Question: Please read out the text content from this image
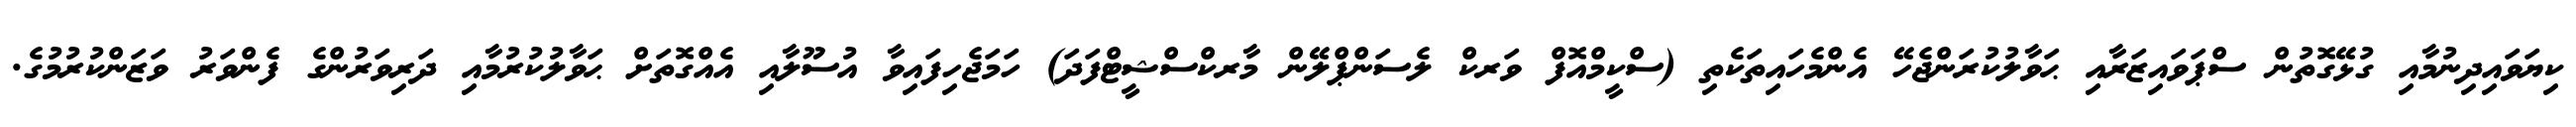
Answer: ކިޔަވައިދިނުމާއި ގުޅޭގޮތުން ސްޕަވައިޒަރާއި ޙަވާލުކުރަންޖެހޭ އެންމެހައިތަކެތި (ސްކީމްއޮފް ވަރކް ލެސަންޕްލޭން މާރކްސްޝީޓްފަދަ) ހަމަޖެހިފައިވާ އުސޫލާއި އެއްގޮތަށް ޙަވާލުކުރުމާއި ދަރިވަރުންގެ ފެންވަރު ވަޒަންކުރުމުގެ.